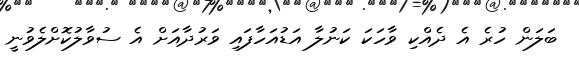
ބަލަން ހުރެ އެ ދެއްކި ވާހަކަ ކަނުލާ އަޑުއަހާފައި ވަރުދާއަށް އެ ސުވާލުކޮށްލެވުނީ